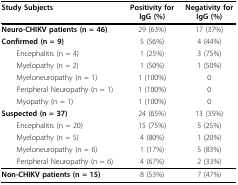
<table><thead><tr><td><b>Study Subjects</b></td><td><b>Positivity for IgG (%)</b></td><td><b>Negativity for IgG (%)</b></td></tr></thead><tbody><tr><td><b>Neuro-CHIKV patients (n = 46)</b></td><td>29 (63%)</td><td>17 (37%)</td></tr><tr><td><b>Confirmed (n = 9)</b></td><td>5 (56%)</td><td>4 (44%)</td></tr><tr><td> Encephalitis (n = 4)</td><td>1 (25%)</td><td>3 (75%)</td></tr><tr><td> Myelopathy (n = 2)</td><td>1 (50%)</td><td>1 (50%)</td></tr><tr><td> Myeloneuropathy (n = 1)</td><td>1 (100%)</td><td>0</td></tr><tr><td> Peripheral Neuropathy (n = 1)</td><td>1 (100%)</td><td>0</td></tr><tr><td> Myopathy (n = 1)</td><td>1 (100%)</td><td>0</td></tr><tr><td><b>Suspected (n = 37)</b></td><td>24 (65%)</td><td>13 (35%)</td></tr><tr><td> Encephalitis (n = 20)</td><td>15 (75%)</td><td>5 (25%)</td></tr><tr><td> Myelopathy (n = 5)</td><td>4 (80%)</td><td>1 (20%)</td></tr><tr><td> Myeloneuropathy (n = 6)</td><td>1 (17%)</td><td>5 (83%)</td></tr><tr><td> Peripheral Neuropathy (n = 6)</td><td>4 (67%)</td><td>2 (33%)</td></tr><tr><td><b>Non-CHIKV patients (n = 15)</b></td><td>8 (53%)</td><td>7 (47%)</td></tr></tbody></table>